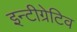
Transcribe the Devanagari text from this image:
इन्टीग्रेटिव